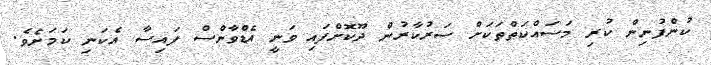
ކުންފުނިން ކުރި މަސައްކަތްތަކަށް ސަރުކާރުން ދޫކޮށްފައި ވަނީ އެޑްވާންސް ފައިސާ އެކަނި ކަމަށެވެ.